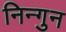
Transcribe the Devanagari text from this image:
निन्गुन